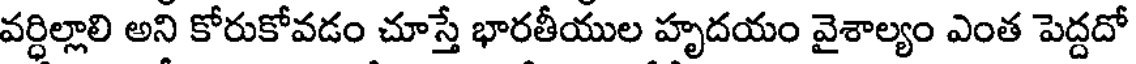
వర్ధిల్లాలి అని కోరుకోవడం చూస్తే భారతీయుల హృదయం వైశాల్యం ఎంత పెద్దదో